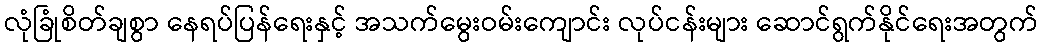
လုံခြုံစိတ်ချစွာ နေရပ်ပြန်ရေးနှင့် အသက်မွေးဝမ်းကျောင်း လုပ်ငန်းများ ဆောင်ရွက်နိုင်ရေးအတွက်